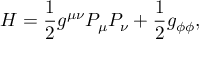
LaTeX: { \cal H } = \frac { 1 } { 2 } g ^ { \mu \nu } { \cal P } _ { \mu } { \cal P } _ { \nu } + \frac { 1 } { 2 } g _ { \phi \phi } ,